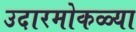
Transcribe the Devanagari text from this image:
उदारमोकळ्या